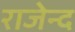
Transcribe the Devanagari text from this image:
राजेन्द